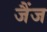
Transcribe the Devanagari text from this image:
जैंज